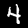
Label: 4